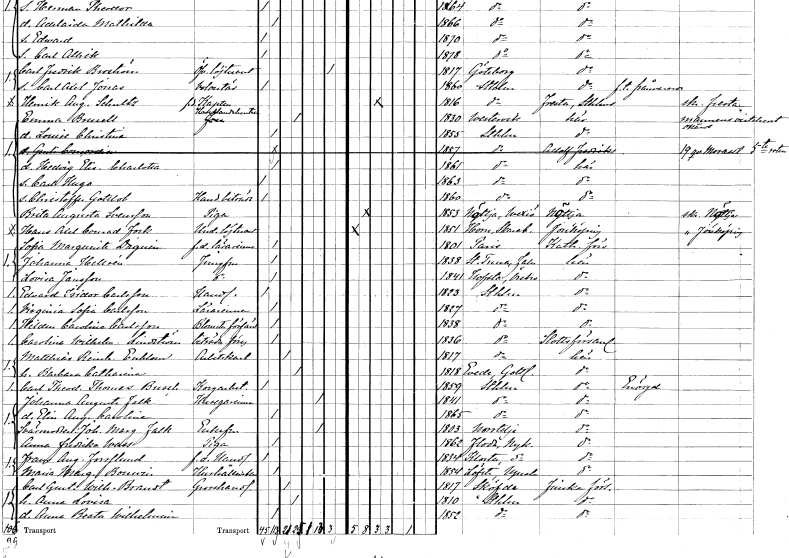
gt_parse: households: individuals: FN: Emma
EN: Brusell
YRKE: Handlandehustru
KON: K
CIV: G
FODAR: 1830
FODFORS: Västervik Kalmar län
FN: Louise Christina
KON: K
CIV: O
FODAR: 1855
FODFORS: Stockholm
FN: Gurli Concordia
KON: K
CIV: O
FODAR: 1857
FODFORS: Stockholm
FN: Hedvig Elisabeth Charlotta
KON: K
CIV: O
FODAR: 1861
FODFORS: Stockholm
FN: Carl Hugo
KON: M
CIV: O
FODAR: 1863
FODFORS: Stockholm
FN: Christoffer Gottlob
YRKE: Handelsbiträde
KON: M
CIV: O
FODAR: 1860
FODFORS: Stockholm
FN: Brita Augusta
EN: Svensson
YRKE: Piga
KON: K
CIV: O
FODAR: 1853
FODFORS: Nöttja Kronobergs län
FN: Hans Axel Conrad
EN: Fock
YRKE: Underlöjtnant
KON: M
CIV: O
FODAR: 1851
FODFORS: Horn Skaraborgs län
FN: Sofia Marguerite
EN: Daguén
YRKE: Lärarinna f.d.
KON: K
CIV: O
FODAR: 1801
FN: Johanna
EN: Hellsén
YRKE: Jungfru
KON: K
CIV: O
FODAR: 1838
FODFORS: Stora Tuna Kopparbergs län
FN: Lovisa
EN: Jansson
YRKE: Jungfru
KON: K
CIV: O
FODAR: 1841
FODFORS: Hovsta Örebro län
FN: Edward Isidor
EN: Carlsson
YRKE: Handlande
KON: M
CIV: O
FODAR: 1823
FODFORS: Stockholm
FN: Virginia Sofia
EN: Carlsson
YRKE: Lärarinna
KON: K
CIV: O
FODAR: 1827
FODFORS: Stockholm
FN: Hildur Carolina
EN: Carlsson
YRKE: Blomstertillverkare
KON: K
CIV: O
FODAR: 1838
FODFORS: Stockholm
FN: Carolina Wilhelmina
EN: Lindström
YRKE: Biträde
KON: K
CIV: O
FODAR: 1836
FODFORS: Stockholm
FN: Matthias Reinhold
EN: Enblom
YRKE: Arbetskarl
KON: M
CIV: G
FODAR: 1817
FODFORS: Stockholm
FN: Barbara Catharina
KON: K
CIV: G
FODAR: 1818
FODFORS: Levide Gotlands län
FN: Carl Theodor Thomas
EN: Busch
YRKE: Korgarbetare
KON: M
CIV: O
FODAR: 1859
FODFORS: Stockholm
FN: Johanna Augusta
EN: Falk
YRKE: Husägarinna
KON: K
CIV: E
FODAR: 1841
FODFORS: Stockholm
FN: Elin Augusta Carolina
KON: K
CIV: O
FODAR: 1865
FODFORS: Stockholm
FN: Johanna Margareta
EN: Falk
KON: K
CIV: E
FODAR: 1803
FODFORS: Norrtälje Stockholms län
FN: Anna Fredrika
EN: Wass
YRKE: Piga
KON: K
CIV: O
FODAR: 1862
FODFORS: Floda Södermanlands län
FN: Frans August
EN: Forsslund
YRKE: Handlande f.d.
KON: M
CIV: O
FODAR: 1834
FODFORS: Eskilstuna Kloster Södermanlands län
FN: Maria Margareta
EN: Bouvin
YRKE: Hushållerska
KON: K
CIV: O
FODAR: 1854
FODFORS: Österlövsta Uppsala län
FN: Carl Gustaf Wilhelm
EN: Brandt
YRKE: Grosshandlare
KON: M
CIV: G
FODAR: 1817
FODFORS: Skövde Skaraborgs län
FN: Anna Lovisa
KON: K
CIV: G
FODAR: 1810
FODFORS: Stockholm
FN: Anna Beata Wilhelmina
KON: K
CIV: O
FODAR: 1852
FODFORS: Stockholm